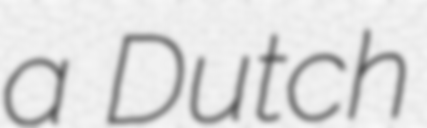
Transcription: a Dutch